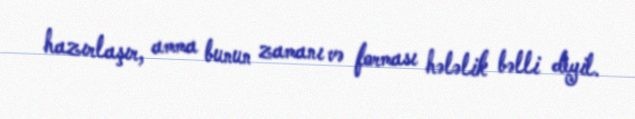
hazırlaşır, amma bunun zamanı və forması hələlik bəlli deyil.